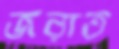
জরাত